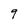
Character: 9